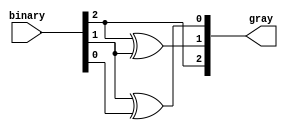
module GrayCodeEncoder (
    input wire [2:0] binary,  // 3-bit binary input
    output wire [2:0] gray    // 3-bit Gray code output
);

// Assigning Gray code outputs based on binary inputs
assign gray[2] = binary[2];            // G2 = B2
assign gray[1] = binary[2] ^ binary[1]; // G1 = B2 ^ B1
assign gray[0] = binary[1] ^ binary[0]; // G0 = B1 ^ B0

endmodule